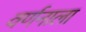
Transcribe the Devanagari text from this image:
वर्णनाला